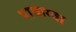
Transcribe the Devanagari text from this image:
पायाग्वा